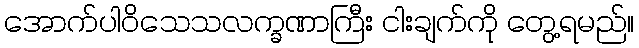
အောက်ပါဝိသေသလက္ခဏာကြီး ငါးချက်ကို တွေ့ရမည်။